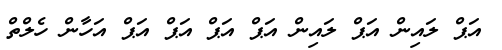
އަޕް ލައިން އަޕް ލައިން އަޕް އަޕް އަޕް އަޕް އަހާން ހެލްތް